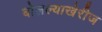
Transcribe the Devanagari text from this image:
बोलल्याखेरीज